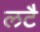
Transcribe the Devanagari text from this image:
लटै